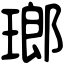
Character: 瑯